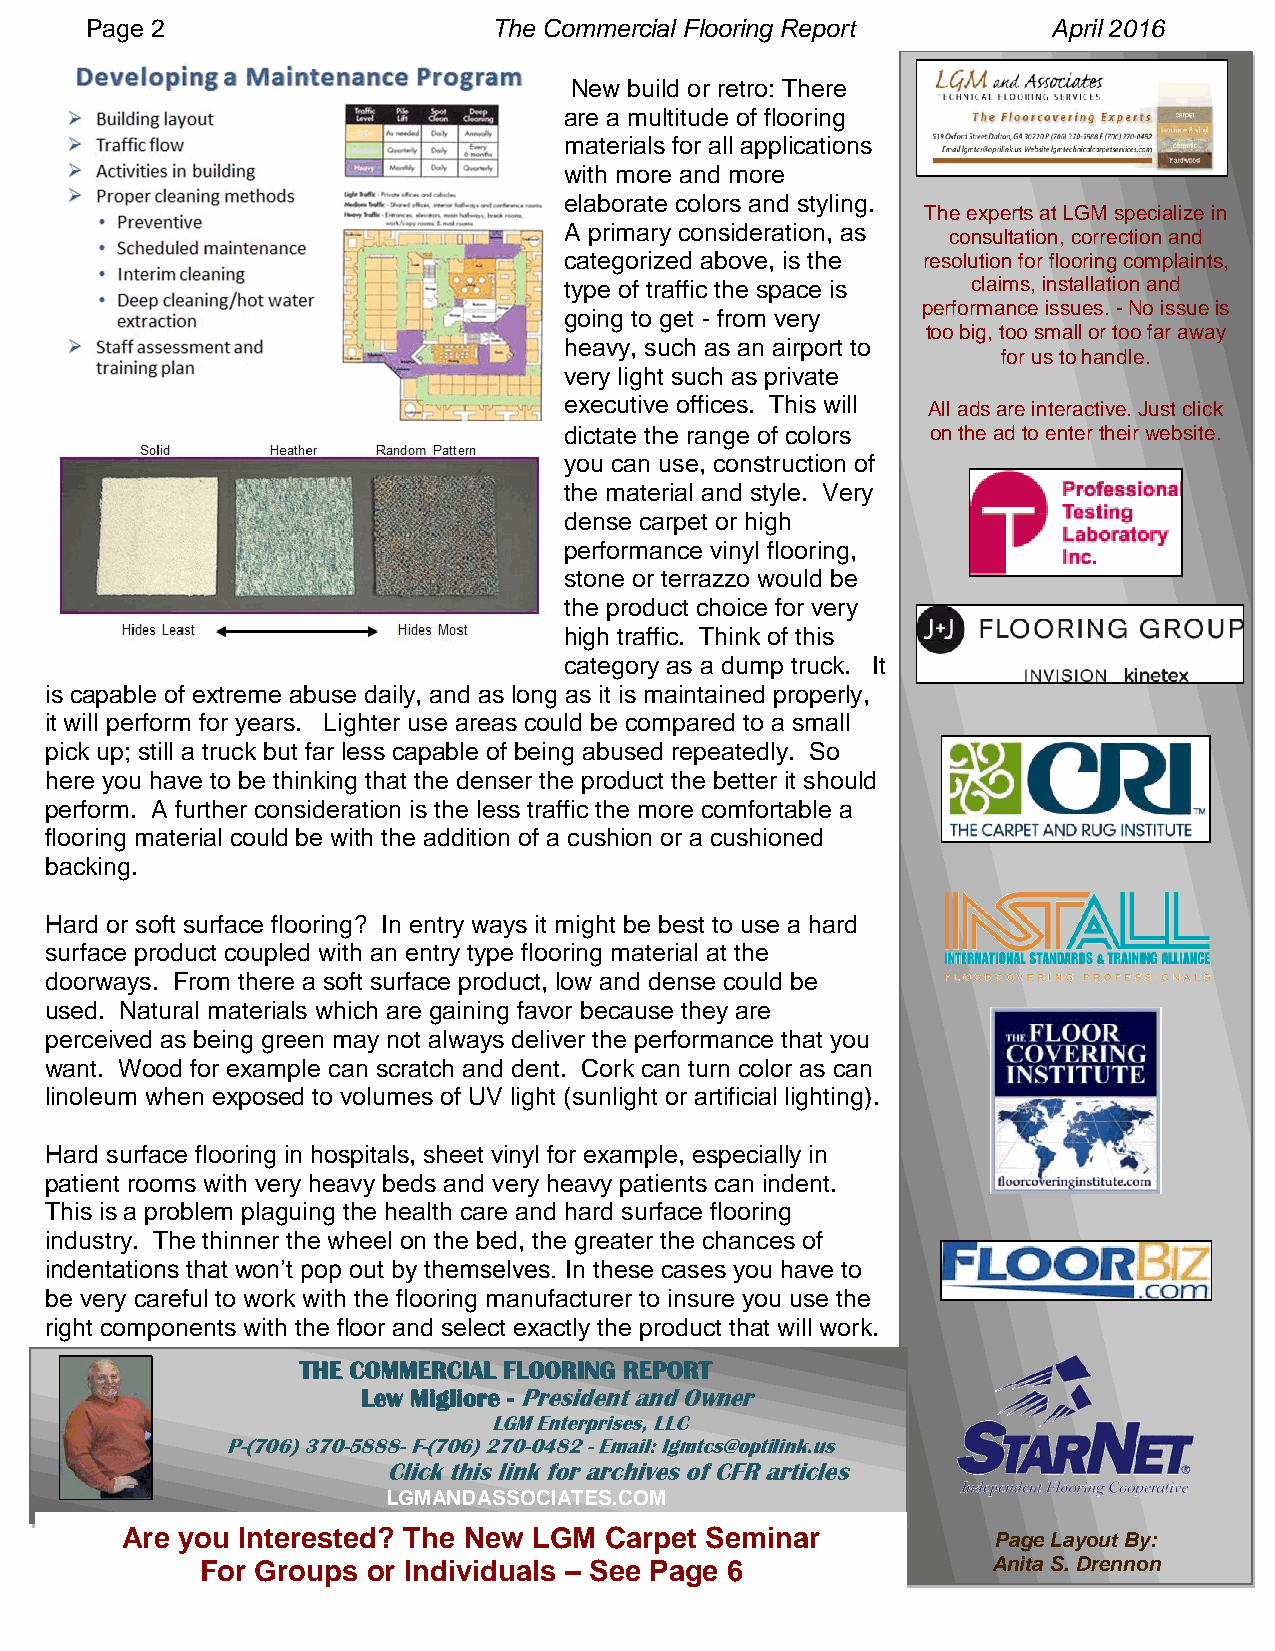
Page 2                      The Commercial Flooring Report         April 2016
 Page 2                     The Commercial Flooring Report       April 2016
 New build or retro: There
 are a multitude of flooring
 materials for all applications
 with more and more
 elaborate colors and styling.
 The experts at LGM specialize in
 A primary consideration, as
 consultation, correction and
 categorized above, is the resolution for flooring complaints,
 type of traffic the space is claims, installation and
 performance issues. - No issue is
 going to get - from very
 too big, too small or too far away
 heavy, such as an airport to
 for us to handle.
 very light such as private
 executive offices. This will
 All ads are interactive. Just click
 dictate the range of colors on the ad to enter their website.
 you can use, construction of
 the material and style. Very
 dense carpet or high
 performance vinyl flooring,
 stone or terrazzo would be
 the product choice for very
 high traffic. Think of this
 category as a dump truck. It
 is capable of extreme abuse daily, and as long as it is maintained properly,
 it will perform for years. Lighter use areas could be compared to a small
 pick up; still a truck but far less capable of being abused repeatedly. So
 here you have to be thinking that the denser the product the better it should
 perform. A further consideration is the less traffic the more comfortable a
 flooring material could be with the addition of a cushion or a cushioned
 backing.
 Hard or soft surface flooring? In entry ways it might be best to use a hard
 surface product coupled with an entry type flooring material at the
 doorways. From there a soft surface product, low and dense could be
 used. Natural materials which are gaining favor because they are
 perceived as being green may not always deliver the performance that you
 want. Wood for example can scratch and dent. Cork can turn color as can
 linoleum when exposed to volumes of UV light (sunlight or artificial lighting).
 Hard surface flooring in hospitals, sheet vinyl for example, especially in
 patient rooms with very heavy beds and very heavy patients can indent.
 This is a problem plaguing the health care and hard surface flooring
 industry. The thinner the wheel on the bed, the greater the chances of
 indentations that won’t pop out by themselves. In these cases you have to
 be very careful to work with the flooring manufacturer to insure you use the
 right components with the floor and select exactly the product that will work.
 THE COMMERCIAL FLOORING REPORT
 Lew Migliore - President and Owner
 LGM Enterprises, LLC
 P-(706) 370-5888- F-(706) 270-0482 - Email: lgmtcs@optilink.us
 Click this link for archives of CFR articles
 LGMANDASSOCIATES.COM
 Are you Interested? The New LGM Carpet Seminar            Page Layout By:
 For Groups or Individuals – See Page 6               Anita S. Drennon